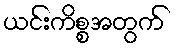
ယင်းကိစ္စအတွက်